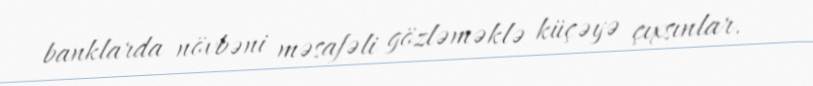
banklarda növbəni məsafəli gözləməklə küçəyə çıxsınlar.